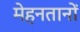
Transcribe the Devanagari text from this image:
मेहनतानों